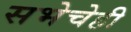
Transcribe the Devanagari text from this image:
सभेचेही